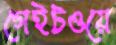
গেইটওয়ে